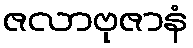
ဇလာဗုဇာနံ